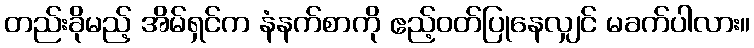
တည်းခိုမည့် အိမ်ရှင်က နံနက်စာကို ဧည့်ဝတ်ပြုနေလျှင် မခက်ပါလား။